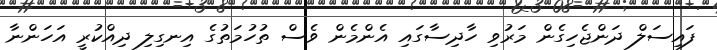
ފައިސަލް ދަންޖެހިގެން މަރުވި ހާދިސާގައި އެންމެން ވެސް ތުހުމަތުގެ އިނގިލި ދިއްކުރީ އަހަންނާ